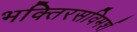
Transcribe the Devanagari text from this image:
भक्तिरसविमर्श